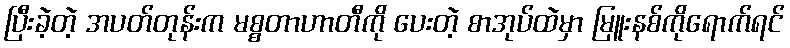
ပြီးခဲ့တဲ့ အပတ်တုန်းက မစ္စတာဟာတီကို ပေးတဲ့ စာအုပ်ထဲမှာ မြူးနစ်ကိုရောက်ရင်